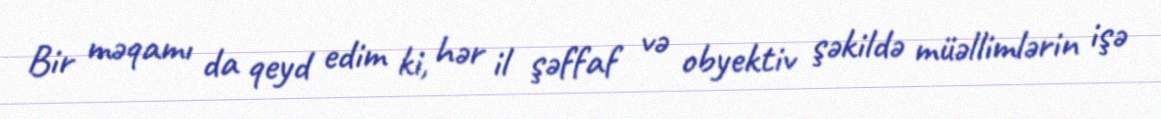
Bir məqamı da qeyd edim ki, hər il şəffaf və obyektiv şəkildə müəllimlərin işə